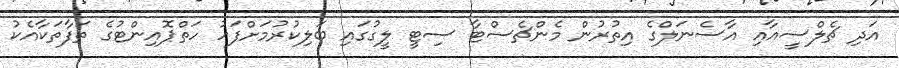
އަދި ޗެލްސީއާއި އާސެނަލްގެ އިތުރުން މެންޗެސްޓާ ސިޓީ ލީގުގައި ބަލިކުރުމަށްފަހު ހަތްޕޮއިންޓުގެ ތަފާތަކާއެކު